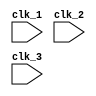
module multirate_timer (
    input wire clk_1, // Clock signal for domain 1
    input wire clk_2, // Clock signal for domain 2
    input wire clk_3, // Clock signal for domain 3
    // Add more clock signals as needed
    
    // Add input signals for timers
    
    // Add output signals for synchronized timing signals
    
    // Add error detection and correction logic
    
    // Add timing control and synchronization logic
    
    // Add multirate processing logic
    
    // Add any other necessary components
    
    // Add any necessary parameters and variables
);

// Add Verilog code for the multirate timer design here

endmodule